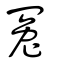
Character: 寃